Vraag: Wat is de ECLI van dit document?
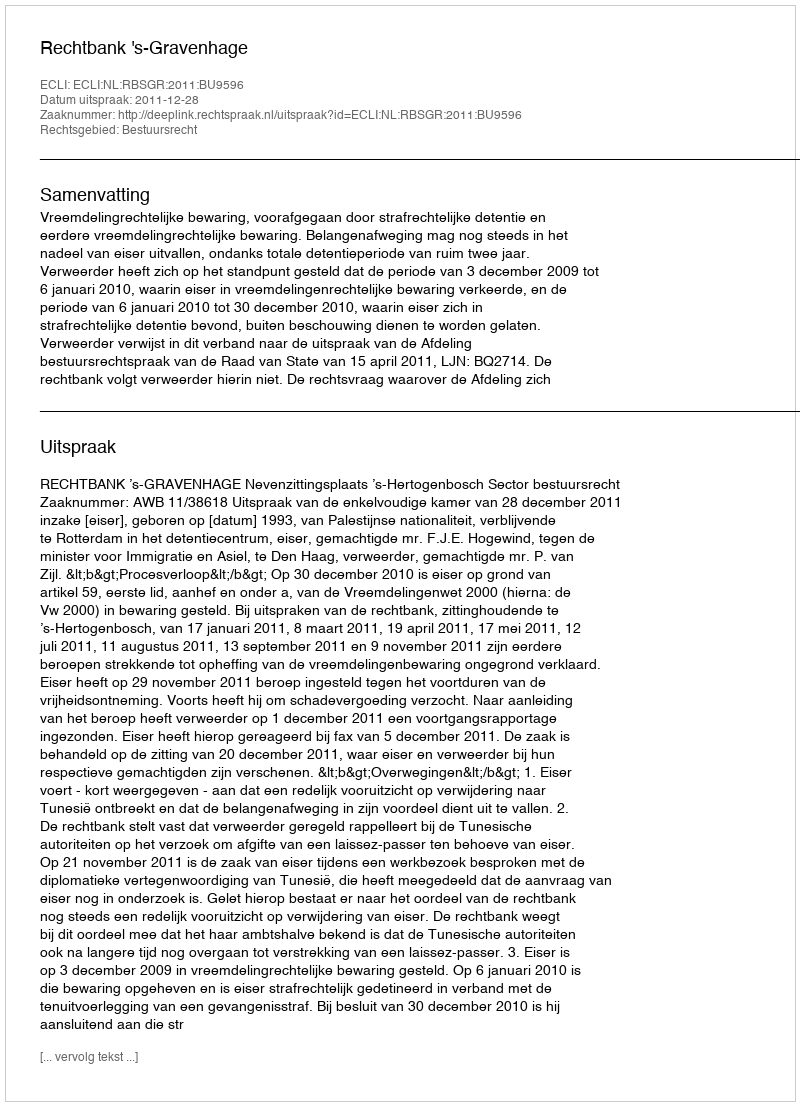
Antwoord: ECLI:NL:RBSGR:2011:BU9596